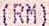
(RM)